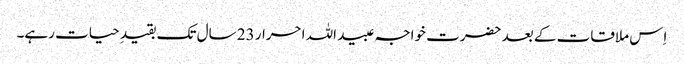
اِس ملاقات کے بعد حضرت خواجہ عبید اللہ احرار 23 سال تک بقیدِ حیات رہے۔